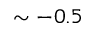
\sim - 0 . 5